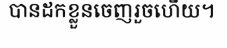
បានដកខ្លួនចេញរួចហើយ។